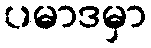
ပမာဒမှာ